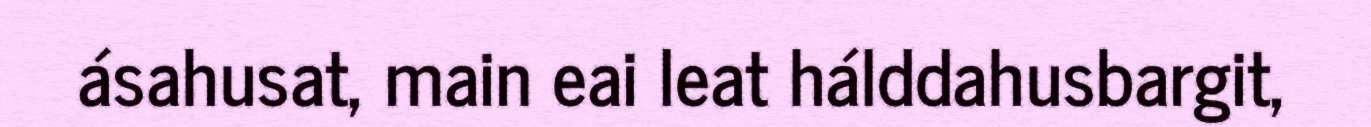
ásahusat, main eai leat hálddahusbargit,